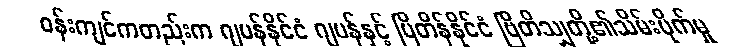
ဝန်းကျင်ကတည်းက ဂျပန်နိုင်ငံ ဂျပန်နှင့် ဗြိတိန်နိုင်ငံ ဗြိတိသျှတို့၏သိမ်းပိုက်မှု